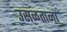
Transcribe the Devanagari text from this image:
उसळताना